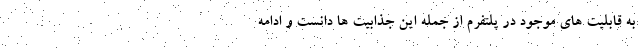
به قابلیت های موجود در پلتفرم از جمله این جذابیت ها دانست و ادامه